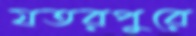
যতরপুরে